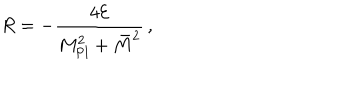
LaTeX: R = - \frac { 4 { \cal E } } { M _ { \mathrm { P l } } ^ { 2 } + \bar { M } ^ { 2 } } \, ,